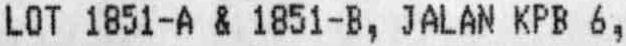
LOT 1851-A & 1851-B, JALAN KPB 6,